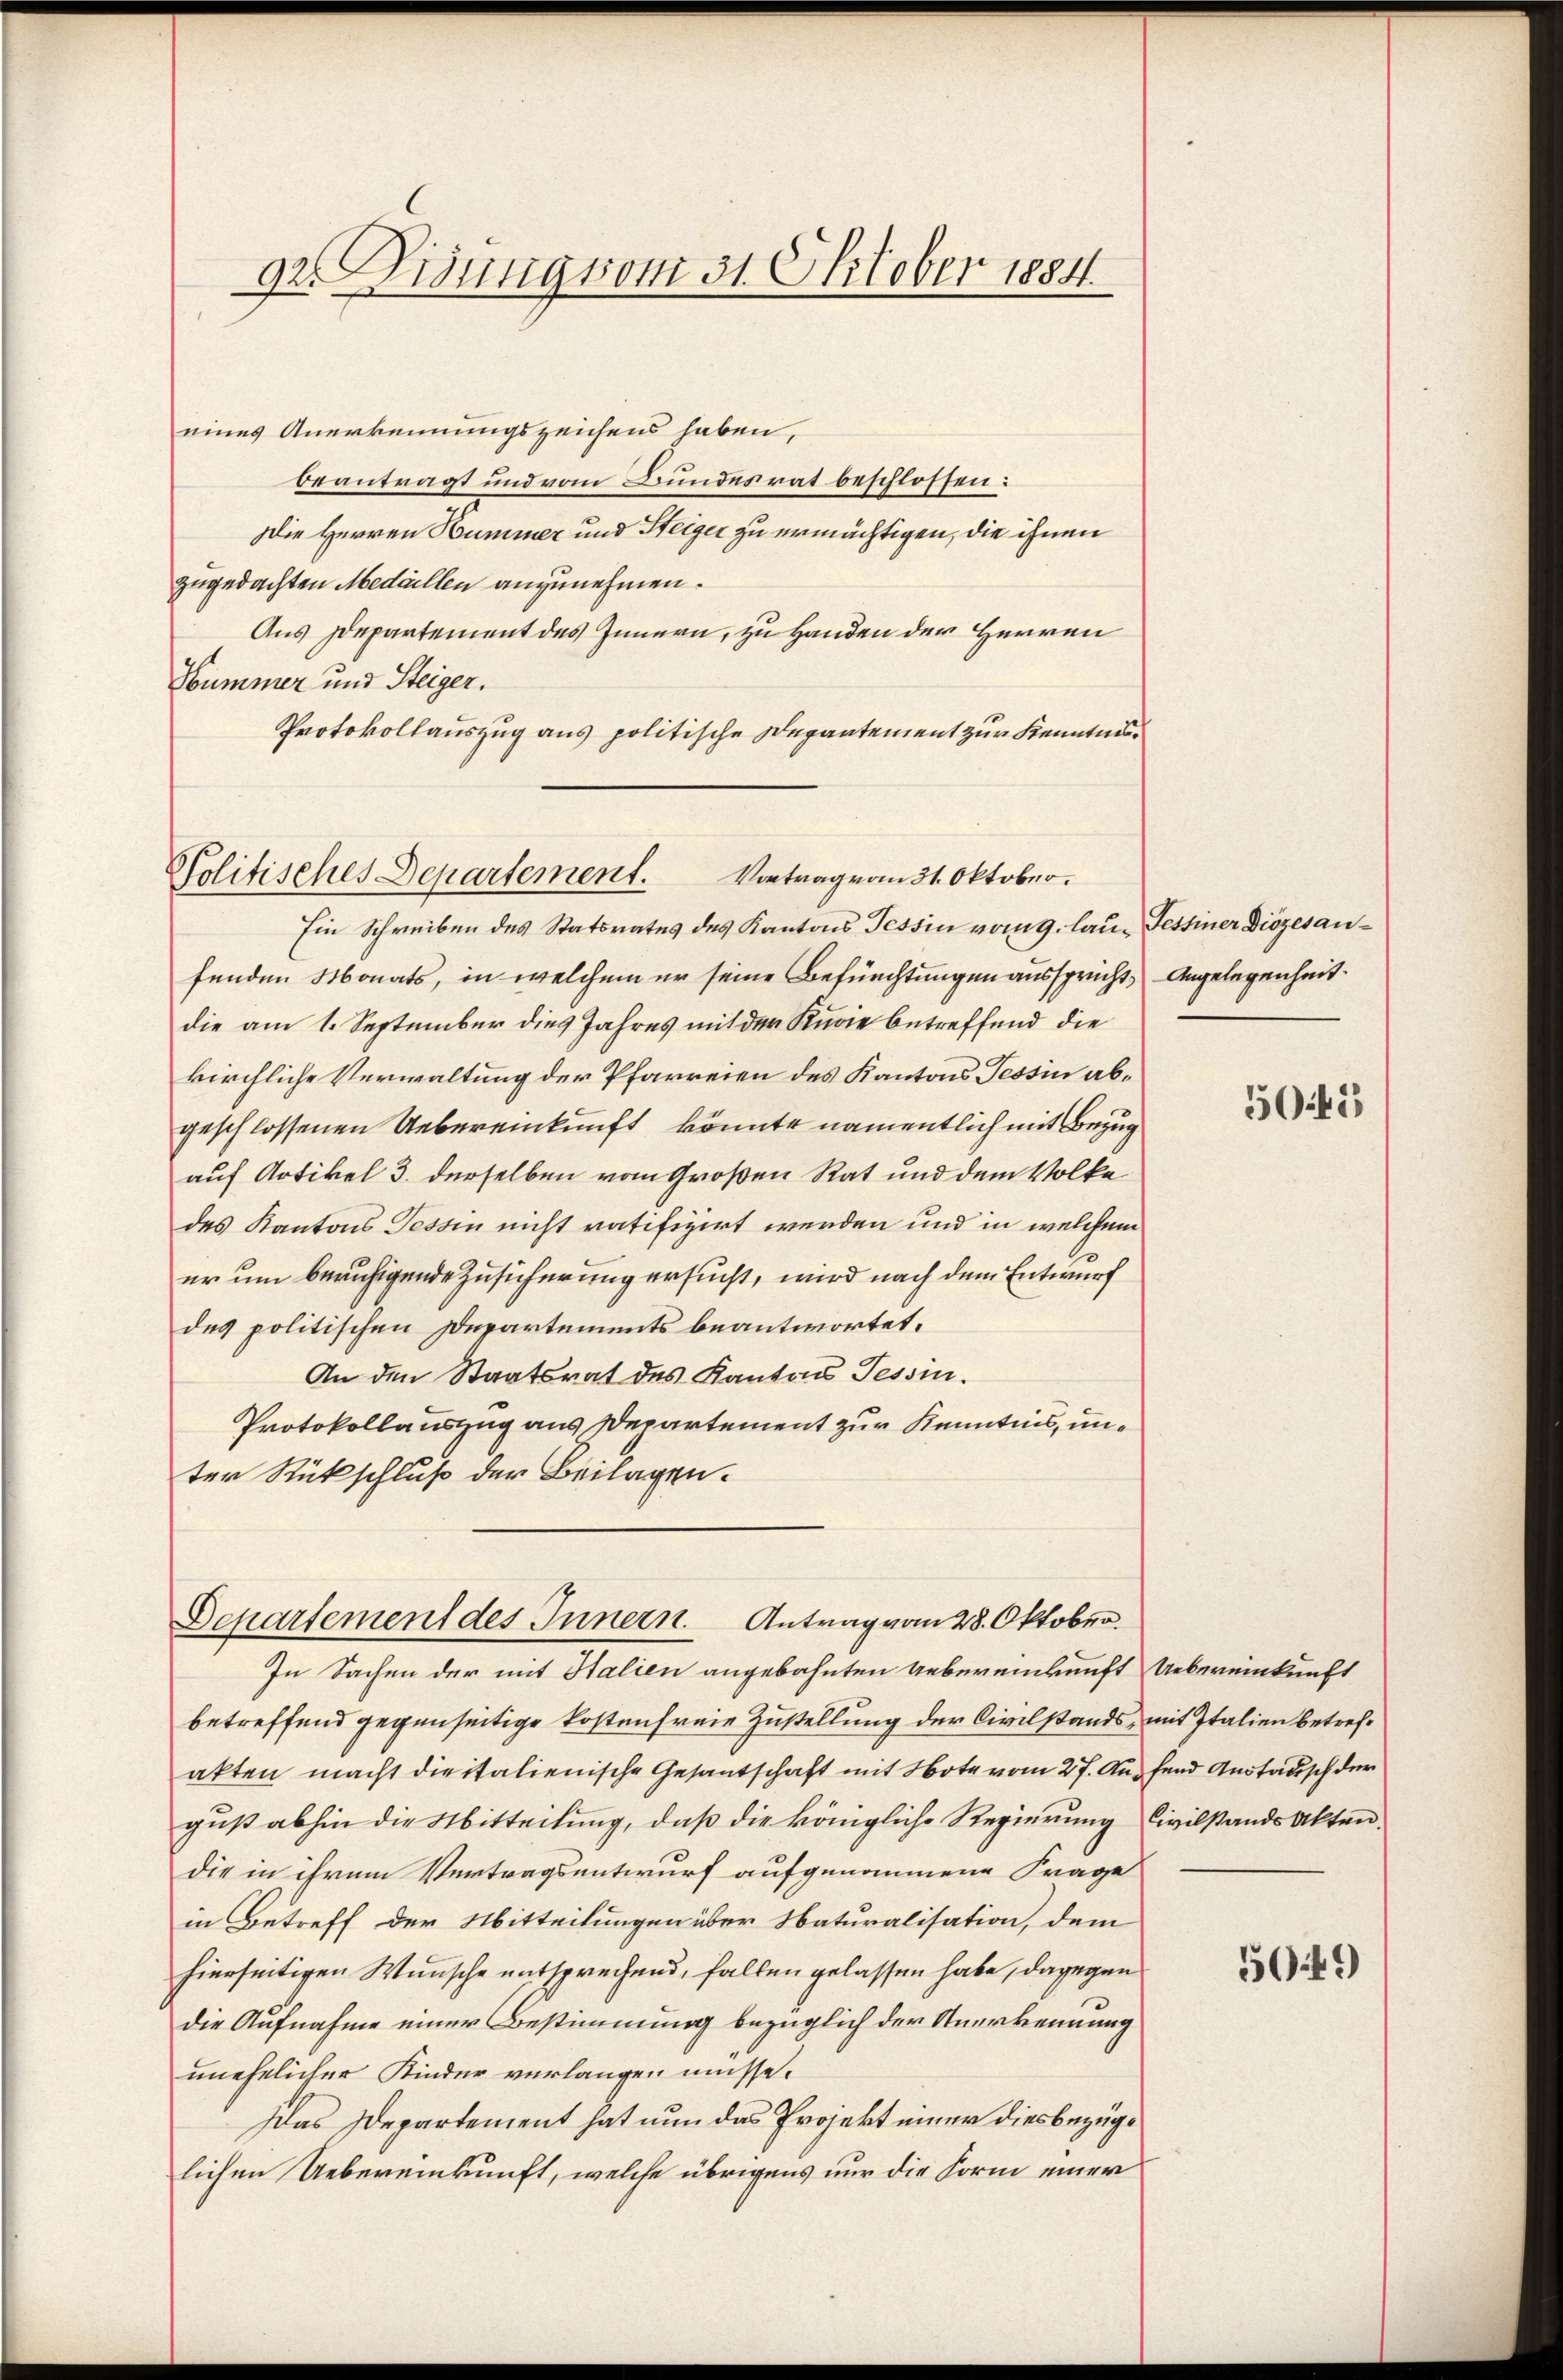
92. Didung vom 31. Oktober 1884.

eines Anerkennungszeichens haben,
beantragt und vom Bundesrat beschlossen:
Die Herren Hummer und Steiger zu ermächtigen, die ihnen
zugedachten Medaillen anzunehmen.
Aus Departement des Innern, zu Handen der Herren
Hummer und Steiger.
Protokollauszug aus politische Departement zur Kenntni

Politisches Departement. Vortrag vom 31. Oktober.

Ein Schreiben des Statsrates des Kantons Tessin vom 9. lau - Festiner Diözesanfenden Monats, in welchem er seine Befürchtungen ausspricht, Angelegenheit.
die am 1. September dies Jahres mit der Kurie betreffend die
kirchliche Verwaltung der Pfarreien des Kantons Tessin abgeschlossenen Uebereinkunft könnte namentlich mit Bezug
auf Artikel 3. derselben vom Großen Rat und dem Volke
des Kantons Tessin nicht ratifizirt werden und in welchem
er um beruhigende Zusicherung ersucht, wird nach dem Entwurf
des politischen Departements beantwortet.
An den Staatsrat des Kantons Tessin.
Protokollauszug aus Departement zur Kenntnis, unter Rückschluß der Beilagen.

Departement des Innern. Antrag vom 28. Oktober.

In Sachen der mit Halien angebahnten Uebereinkunft Uebereinkunft
betreffend gegenseitige kostenfreie Zustellung der Civilstands, mit Italien betrefakten macht dieitalienische Gesantschaft mit Note vom 27. Aufend Austausch der
guß abhin die Mitteilung, daß die königliche Regierung Civilstands Akten,
die in ihrem Vertragsentwurf aufgenommene Frage
in Betreff der Mitteilungen über Naturalisation, dem
hierseitigen Wunsche entsprechend, fallen gelassen habe, dagegen
die Aufnahme einer Bestimmung bezüglich der Anerkennung
unehelicher Kinder verlangen müsse.
Das Departement hat nun das Projekt einer diesbezüglichen Uebereinkunft, welche übrigens nur die Form einer

5045

509)